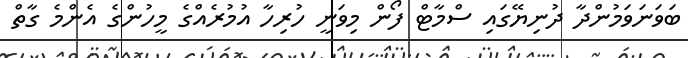
ބަވަނަވަމުންދާ ދުނިޔޭގައި ސްމާޓް ފޯން މިވަނީ ހުރިހާ އުމުރެއްގެ މީހުންގެ އެންމެ ގާތް